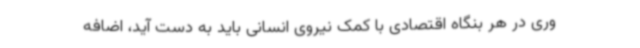
وری در هر بنگاه اقتصادی با کمک نیروی انسانی‌ باید به دست آید، اضافه